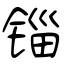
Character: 锱